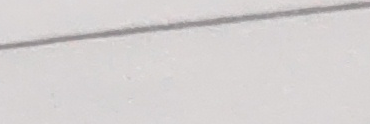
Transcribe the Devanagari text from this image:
पानीको छाना